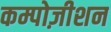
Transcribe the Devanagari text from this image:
कम्पोज़ीशन